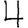
Digit: 4